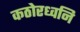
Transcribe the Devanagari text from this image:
कठोरध्वनि